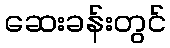
ဆေးခန်းတွင်